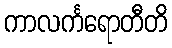
ကာလင်္ကရောတီတိ